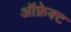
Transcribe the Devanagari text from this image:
ऑफ्रेक्ट